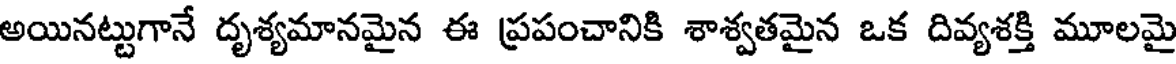
అయినట్టుగానే దృశ్యమానమైన ఈ ప్రపంచానికి శాశ్వతమైన ఒక దివ్యశక్తి మూలమై